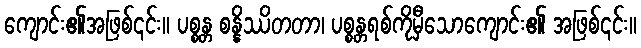
ကျောင်း၏အဖြစ်၎င်း။ ပစ္စန္တ စန္နိဿိတတာ၊ ပစ္စန္တရစ်ကိုမှီသောကျောင်း၏ အဖြစ်၎င်း။